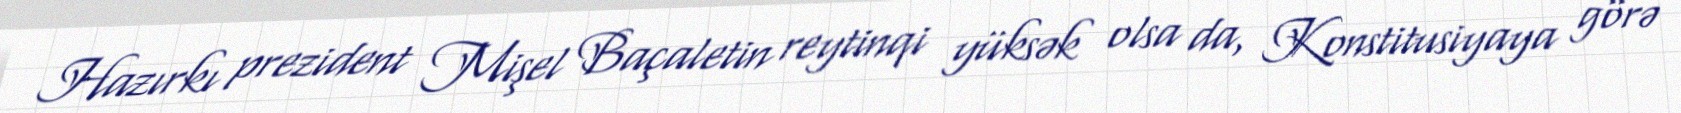
Hazırkı prezident Mişel Baçaletin reytinqi yüksək olsa da, Konstitusiyaya görə